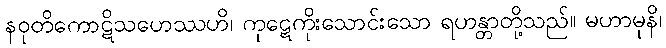
နဝုတိကောဋိသဟေဿဟိ၊ ကုဋေကိုးသောင်းသော ရဟန္တာတို့သည်။ မဟာမုနိ၊